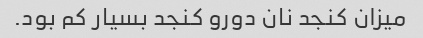
میزان کنجد نان دورو کنجد بسیار کم بود.